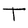
Character: T